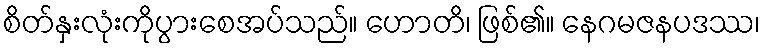
စိတ်နှးလုံးကိုပွားစေအပ်သည်။ ဟောတိ၊ ဖြစ်၏။ နေဂမဇနပဒဿ၊